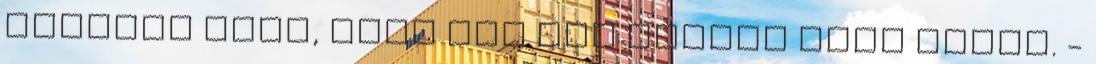
csokrom volt, amit már nem tudtam hova tenni. -